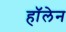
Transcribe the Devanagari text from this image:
हॉलेन